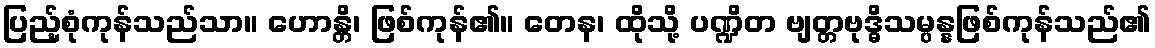
ပြည့်စုံကုန်သည်သာ။ ဟောန္တိ၊ ဖြစ်ကုန်၏။ တေန၊ ထိုသို့ ပဏ္ဍိတ ဗျတ္တဗုဒ္ဓိသမ္ပန္နဖြစ်ကုန်သည်၏